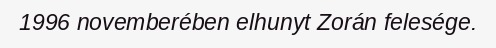
1996 novemberében elhunyt Zorán felesége.